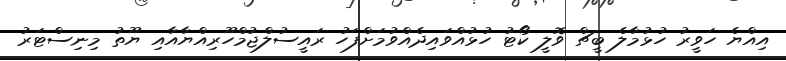
އިއްޔެ ހަވީރު ހުޅުމާލެ ބީޗް ވޮލީ ކޯޓު ހުޅުއްވައިދެއްވުމަށްފަހު ރައީސުލްޖުމްހޫރިއްޔާއާއި ޔޫތު މިނިސްޓަރު